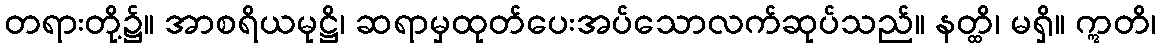
တရားတို့၌။ အာစရိယမုဋ္ဌိ၊ ဆရာမှထုတ်ပေးအပ်သောလက်ဆုပ်သည်။ နတ္ထိ၊ မရှိ။ ဣတိ၊